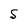
Character: 5